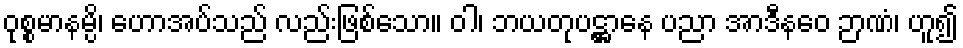
ဝုစ္စမာနမ္ပိ၊ ဟောအပ်သည် လည်းဖြစ်သော။ ဝါ၊ ဘယတုပဋ္ဌာနေ ပညာ အာဒီနဝေ ဉာဏံ၊ ဟူ၍